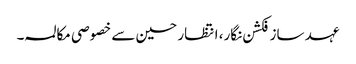
عہد ساز فکشن نگار، انتظار حسین سے خصوصی مکالمہ ۔